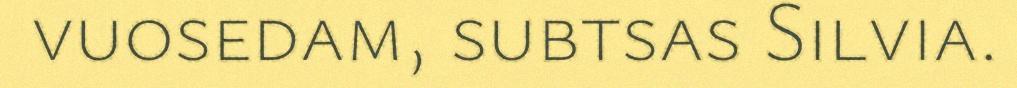
vuosedam, subtsas Silvia.